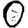
Digit: 0